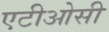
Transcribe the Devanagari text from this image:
एटीओसी